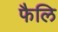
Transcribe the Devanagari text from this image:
फैलि